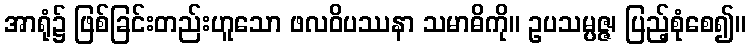
အာရုံ၌ ဖြစ်ခြင်းတည်းဟူသော ဖလဝိပဿနာ သမာဓိကို။ ဥပသမ္ပဇ္ဇ၊ ပြည့်စုံစေ၍။